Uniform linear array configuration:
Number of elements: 12
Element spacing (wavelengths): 1
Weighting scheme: binomial
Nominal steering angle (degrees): -30
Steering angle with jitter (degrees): -29.437
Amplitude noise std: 0.05
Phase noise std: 0.05

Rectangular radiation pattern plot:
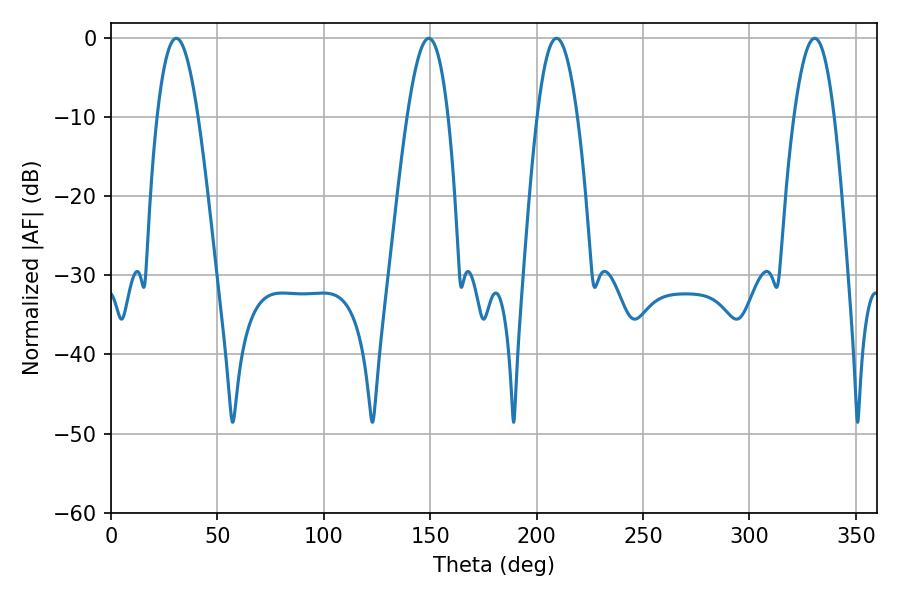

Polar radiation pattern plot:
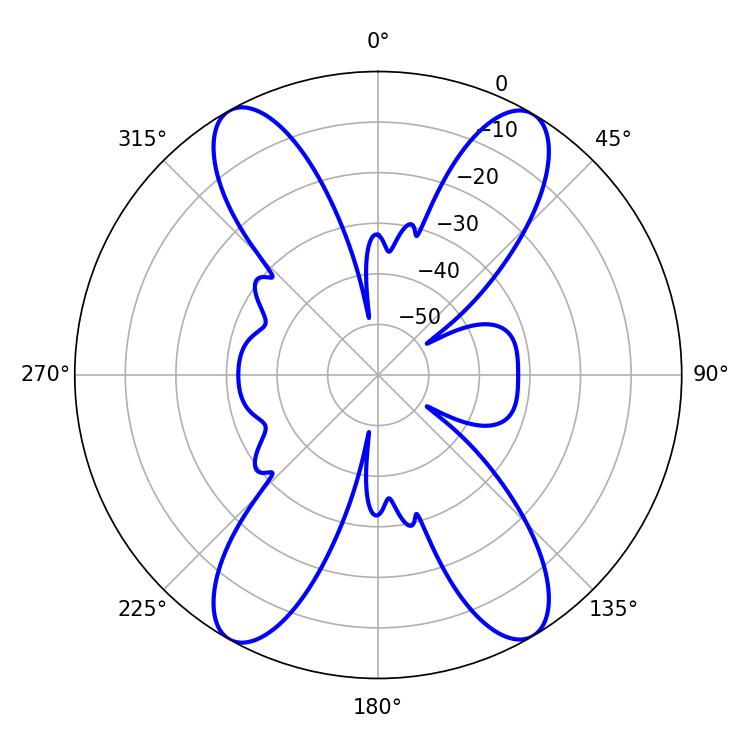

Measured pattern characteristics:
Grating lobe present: TRUE
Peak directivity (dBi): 22.295
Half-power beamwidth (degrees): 10.26
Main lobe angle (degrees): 209.34